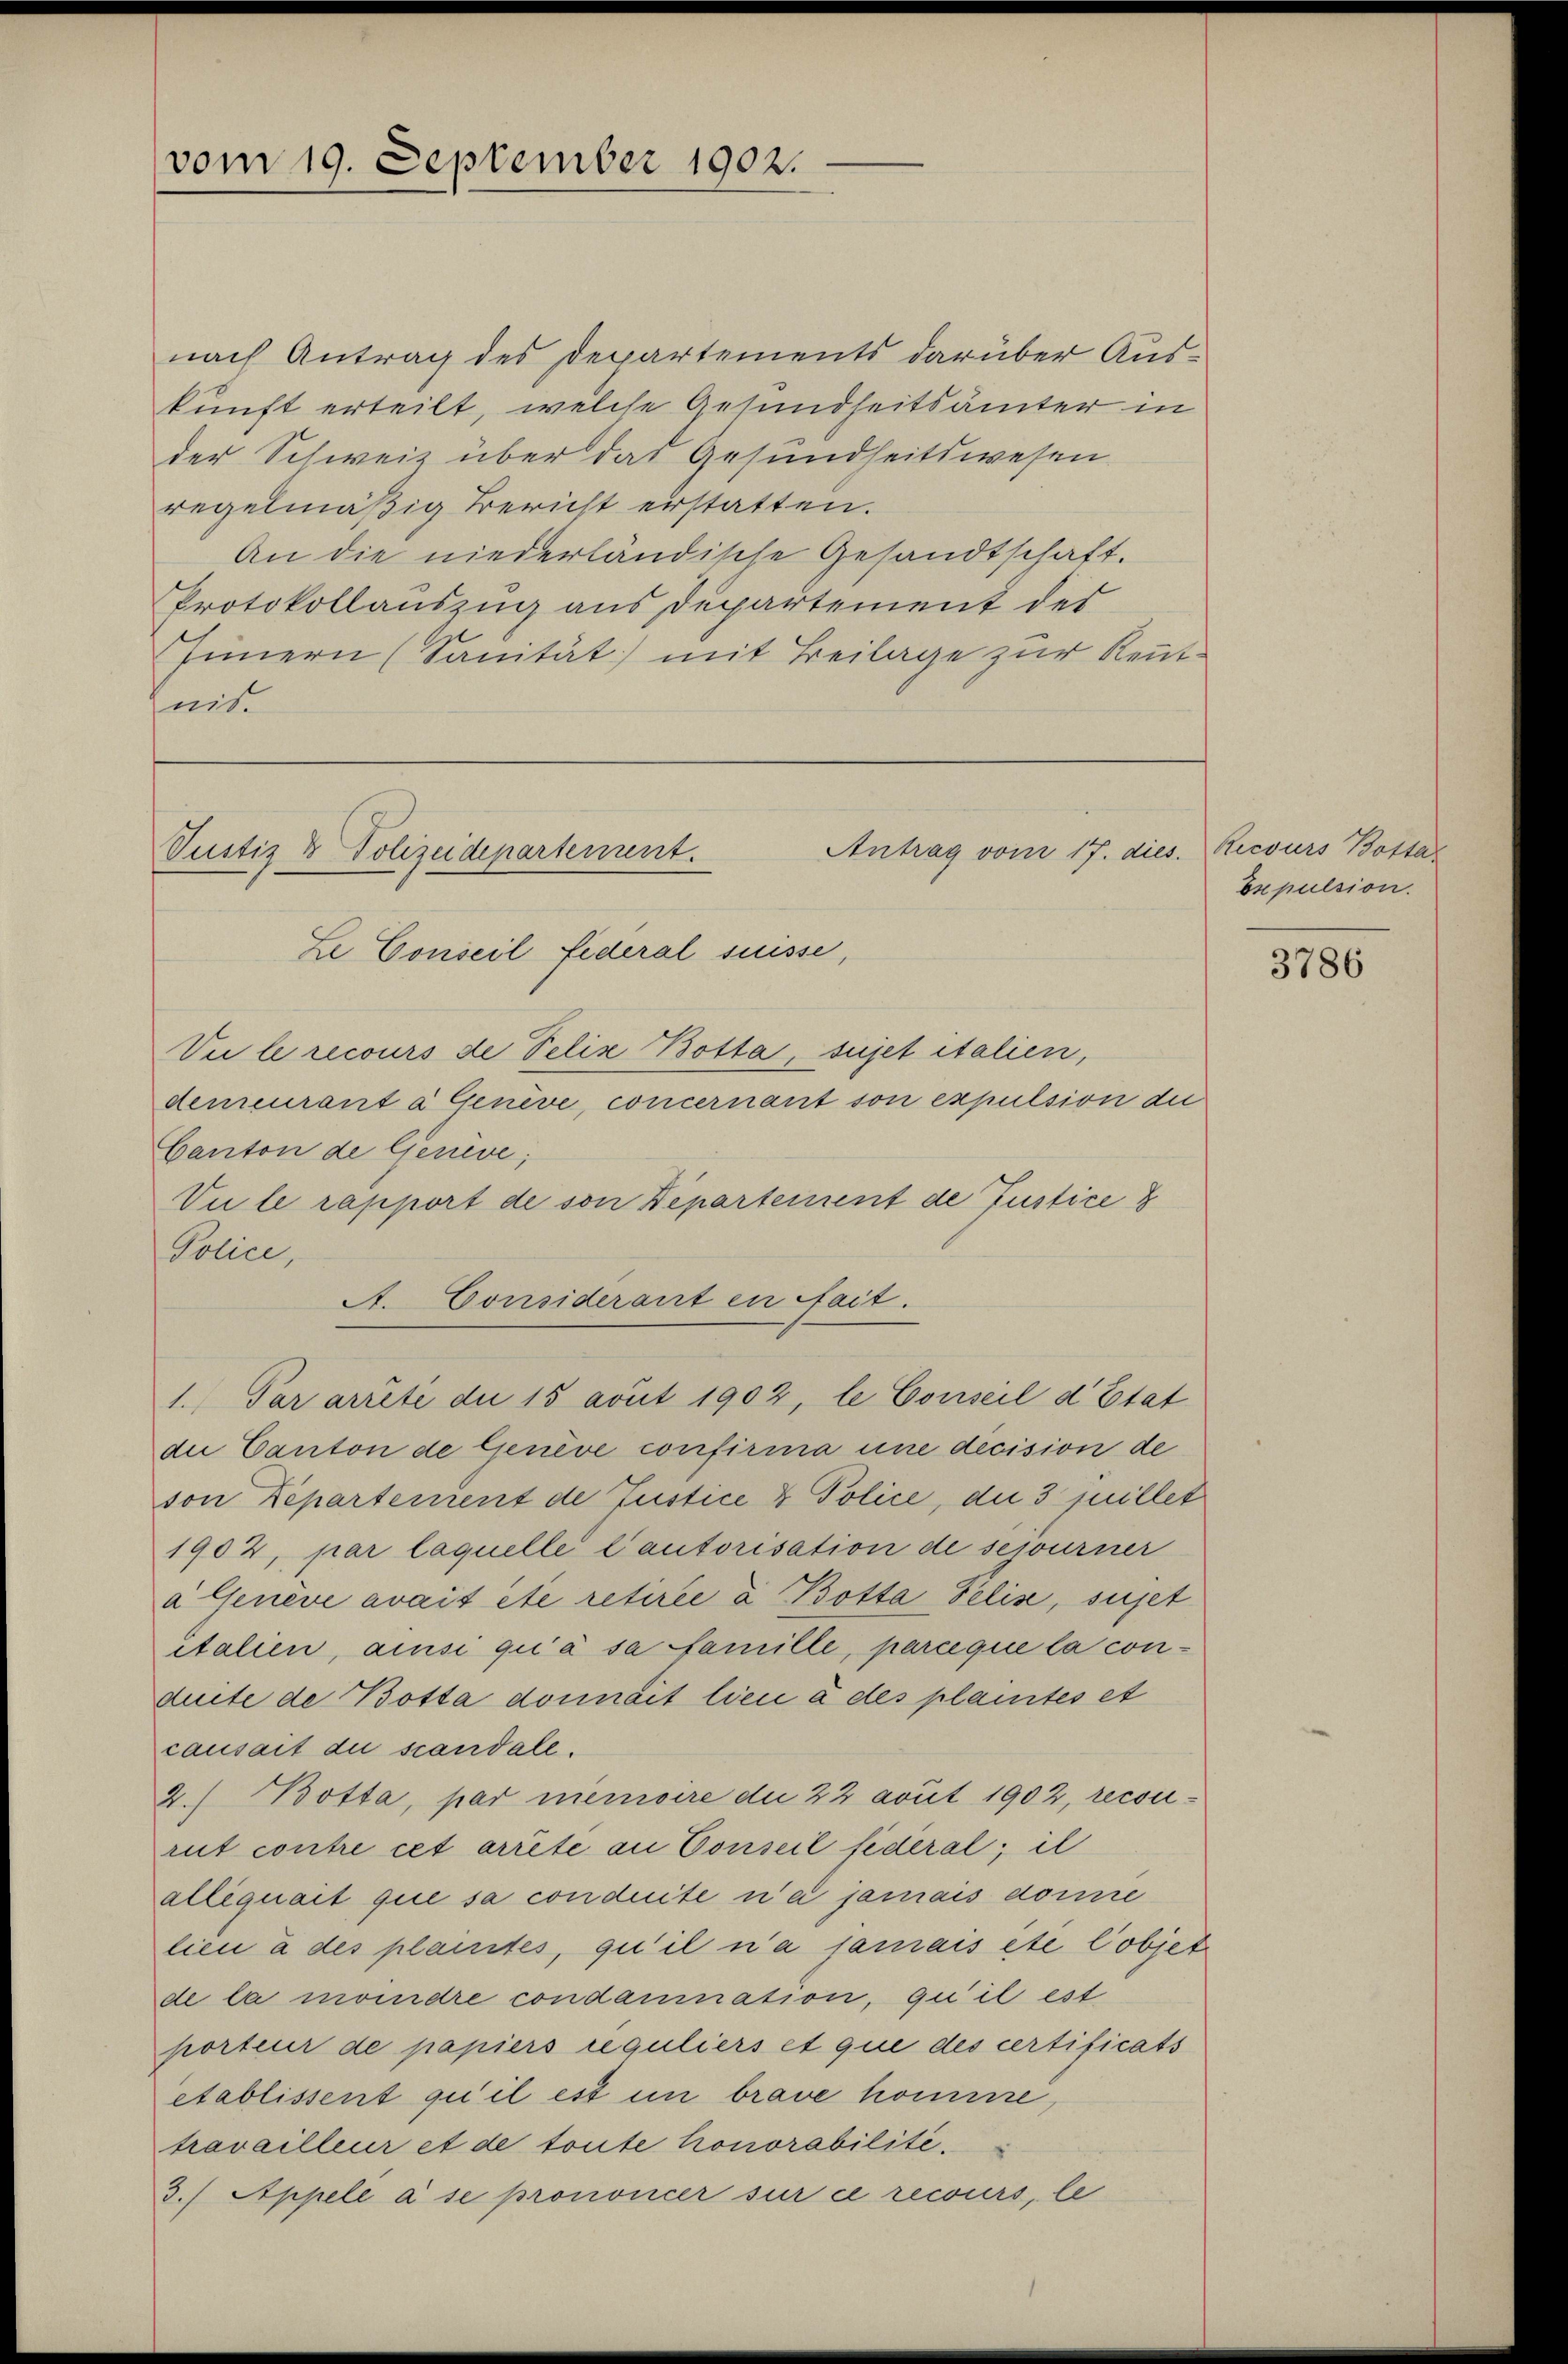
vom 19. September 1902.

nach Antrag des Departements darüber Auskunft erteilt, welche Gesundheitsämter in
der Schweiz über das Gesundheitswesen.
regelmäßig Bericht erstatten.
An die niederländische Gesandtschaft.
Protokollauszug aus Departement der
Innern (Sanität) mit Beilage zur Rentnis.

Antrag vom 17. dies
Justiz & Polizeidepartement.
Le Conseil Federal suisse,

A. Considerant en fait.
1. Par arrite die 15 avut 1902, le Conseil d’Etat

Viele recours de Pelis Botta sujet italien,
demeurant à Genève, concernant son expulsion die
Canton de Genève,
Vu le rapport de son Departement de Justice
Police,
die Canton de Genève confirma une decision de
von Departement de Justice & Police, die 3 quillet
1902, par laquelle Cautorisation de sejourner
a Geneve avait été retirée a Botta delis, sujet
italien, ainsi qu’à sa famille, parceque la conduite de Botta donnait lieu à des plantes et
causait du scandale.
2.) Motta, par memoire die 22 avut 1902, recourut contre cet arrite an Conseil fideral; il
alliquait que sa conduite n’a jamais dome
lieu à des plantes, qu’il n’a jamais et l’objer
de la moindre condamnation, qu’il est
porteur de papiers reguliers et que des certificats
etablissent qu’il est in brave komme,
travailleur et de toute honorabilité.
3.) Appelé à se prononcer sur ce recours, le

Recours Bottas
Esepulsion.

f

3786